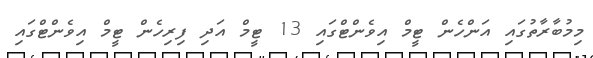
މިމުބާރާތުގައި އަންހެން ޓީމް އިވެންޓްގައި 13 ޓީމް އަދި ފިރިހެން ޓީމް އިވެންޓްގައި